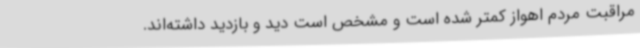
مراقبت مردم اهواز کمتر شده است و مشخص است دید و بازدید داشته‌اند.